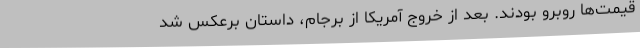
قیمت‌ها روبرو بودند. بعد از خروج آمریکا از برجام، داستان برعکس شد